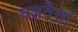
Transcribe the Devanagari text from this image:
यज्ञवेत्ता